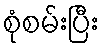
စုံစမ်းပြီး